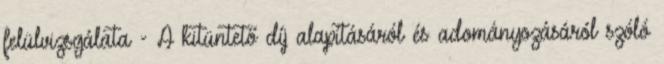
felülvizsgálata - A kitüntető díj alapításáról és adományozásáról szóló